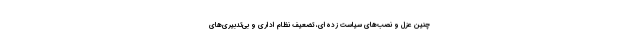
چنین عزل و نصب‌های سیاست زده‌ای، تضعیف نظام اداری و بی‌تدبیری‌های